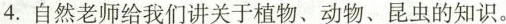
4.自然老师给我们讲关于植物、动物、昆虫的知识。